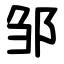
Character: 邹